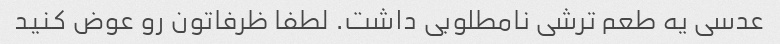
عدسی یه طعم ترشی نامطلوبی داشت. لطفا ظرفاتون رو عوض کنید